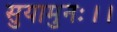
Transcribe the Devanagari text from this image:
सुयामुनः।।